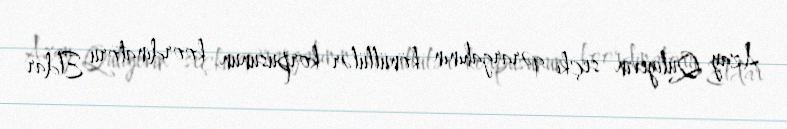
Azay Quliyevin seçki qərargahının könüllülər korpusunun koordinatoru Eldar